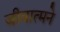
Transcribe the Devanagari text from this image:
जीवात्मने